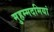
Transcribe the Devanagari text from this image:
मुहम्मदमियां